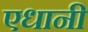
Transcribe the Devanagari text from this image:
एधानी